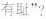
有耻”?